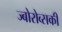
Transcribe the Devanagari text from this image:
ज्बोरोव्सकी